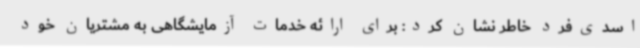
اسدی‌فرد خاطر نشان کرد: برای ارائه خدمات آزمایشگاهی به مشتریان خود